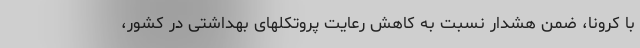
با کرونا، ضمن هشدار نسبت به کاهش رعایت پروتکلهای بهداشتی در کشور،